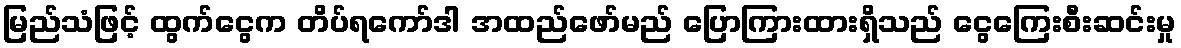
မြည်သံဖြင့် ထွက်ငွေက တိပ်ရကော်ဒါ အထည်ဖော်မည် ပြောကြားထားရှိသည် ငွေကြေးစီးဆင်းမှု